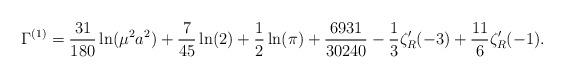
LaTeX: \begin{align*}\Gamma^{(1)}={31\over 180}\ln(\mu^{2}a^{2})+{7\over 45}\ln(2)+{1\over 2}\ln(\pi)+{6931\over 30240}-{1\over 3}\zeta_{R}'(-3)+{11\over 6}\zeta_{R}'(-1) .\end{align*}